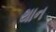
થાન